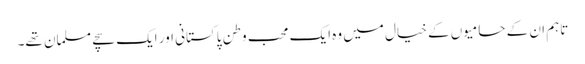
تاہم ان کے حامیوں کے خیال میں وہ ایک محبِ وطن پاکستانی اور ایک سچے مسلمان تھے۔